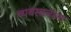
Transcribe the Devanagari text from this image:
व्यवसाव्यात